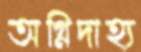
অগ্নিদাহ্য